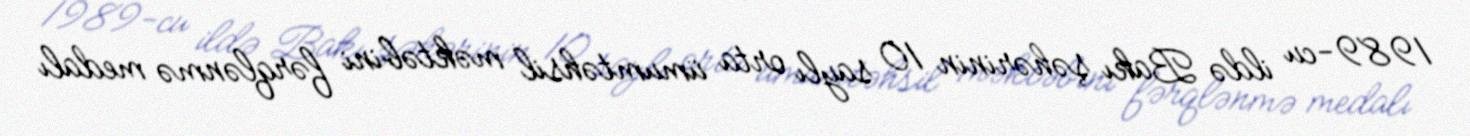
1989-cu ildə Bakı şəhərinin 10 saylı orta ümumtəhsil məktəbini fərqlənmə medalı